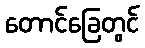
တောင်ခြေတွင်